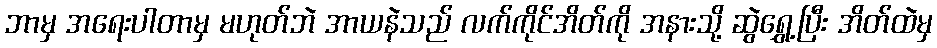
ဘာမှ အရေးပါတာမှ မဟုတ်ဘဲ အာယနဲသည် လက်ကိုင်အိတ်ကို အနားသို့ ဆွဲရွှေ့ပြီး အိတ်ထဲမှ